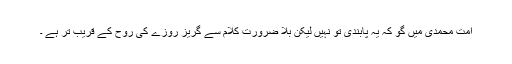
امتِ محمدی میں گو کہ یہ پابندی تو نہیں لیکن بلا ضرورت کلام سے گریز روزے کی روح کے قریب تر ہے ۔